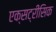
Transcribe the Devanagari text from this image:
एक्सट्रीसिक